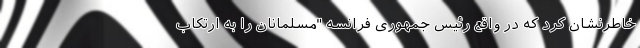
خاطرنشان کرد که در واقع رئیس جمهوری فرانسه "مسلمانان را به ارتکاب